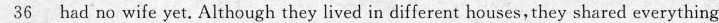
\underline{36} had no wife yet. Although they lived in different houses, they shared everything